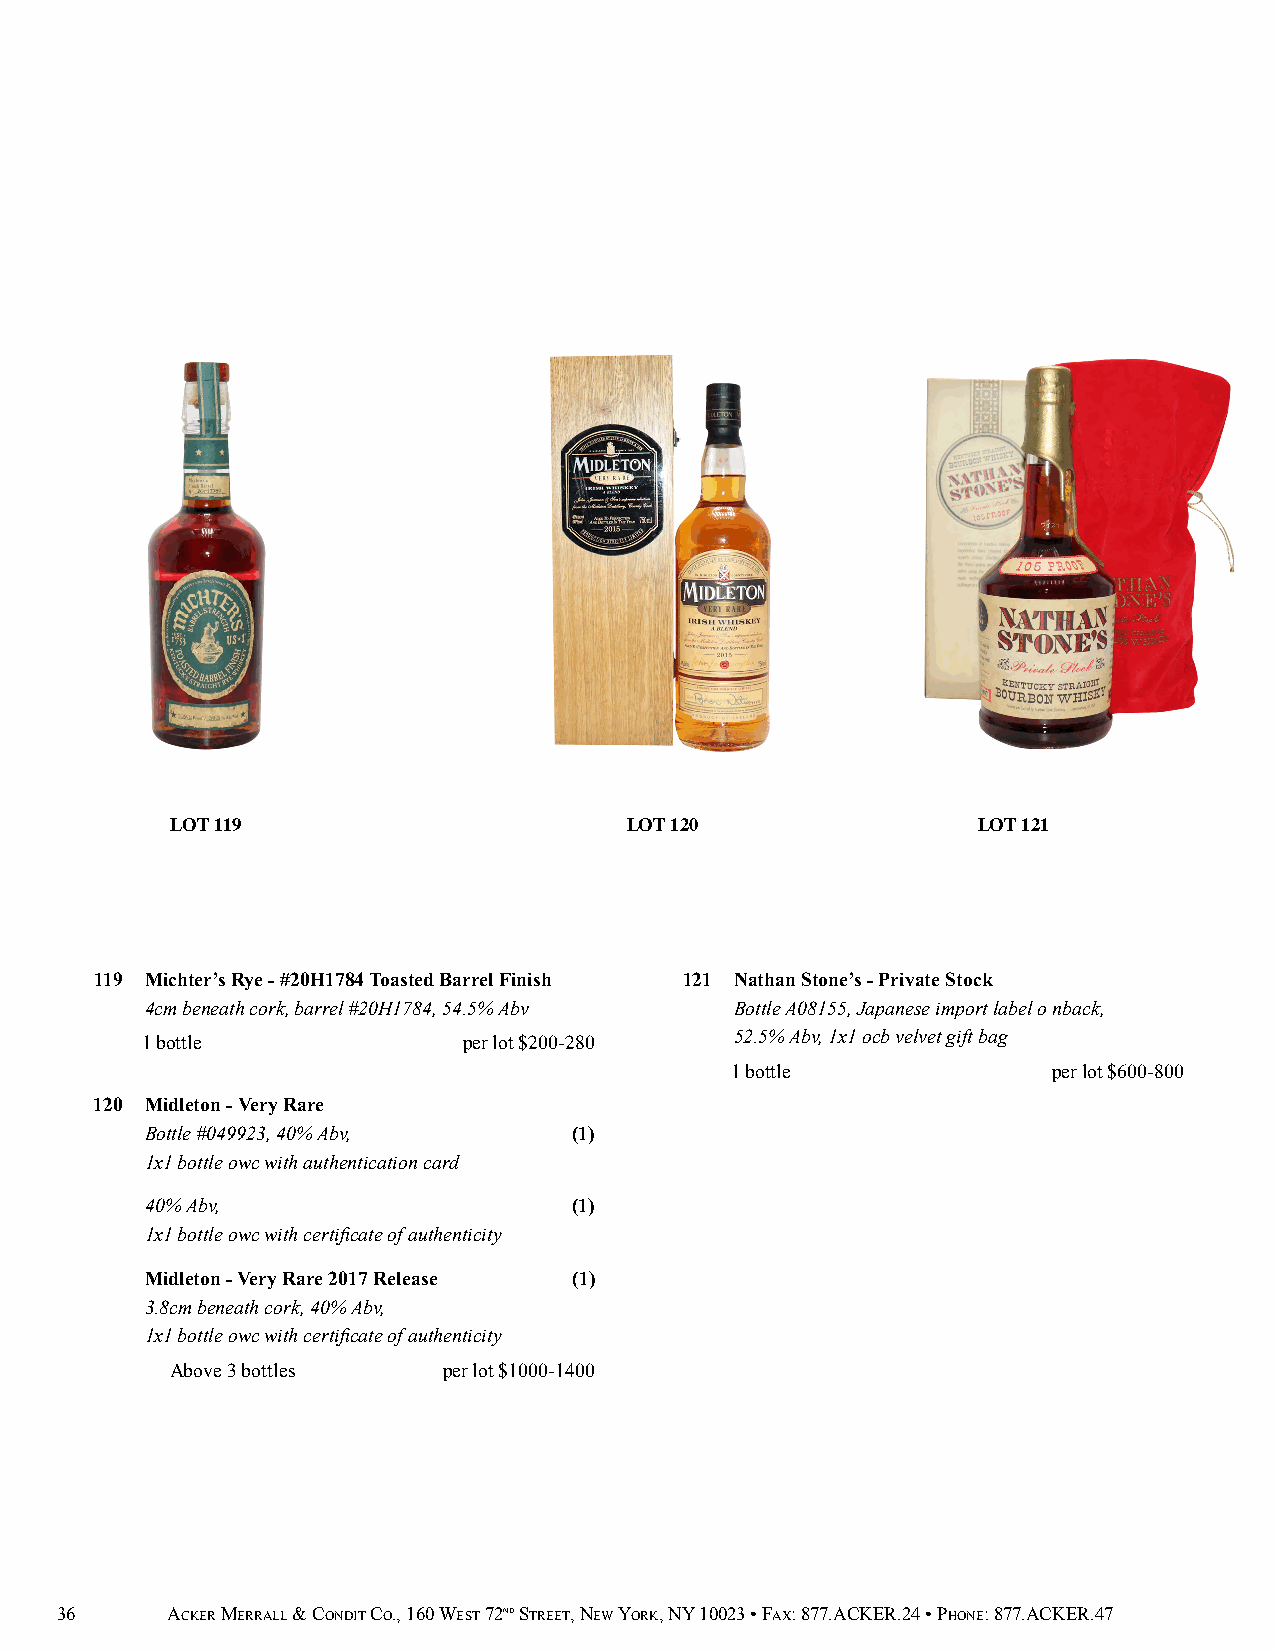
LOT 119                       LOT 120                 LOT 121
 119 Michter’s Rye - #20H1784 Toasted Barrel Finish 121 Nathan Stone’s - Private Stock
 4cm beneath cork, barrel #20H1784, 54.5% Abv Bottle A08155, Japanese import label o nback,
 1 bottle              per lot $200-280  52.5% Abv, 1x1 ocb velvet gift bag
 1 bottle              per lot $600-800
 120 Midleton - Very Rare
 Bottle #049923, 40% Abv,    (1)
 1x1 bottle owc with authentication card
 40% Abv,                    (1)
 1x1 bottle owc with certificate of authenticity
 Midleton - Very Rare 2017 Release (1)
 3.8cm beneath cork, 40% Abv,
 1x1 bottle owc with certificate of authenticity
 Above 3 bottles   per lot $1000-1400
 36     ACKER MERRALL & CONDIT CO., 160 WEST 72ND STREET, NEW YORK, NY 10023 • FAX: 877.ACKER.24 • PHONE: 877.ACKER.47